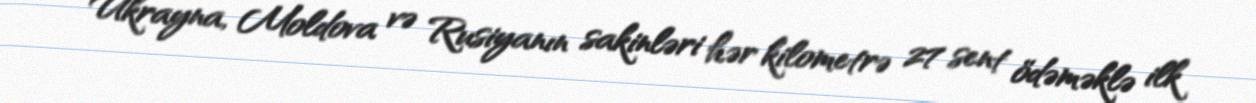
Ukrayna, Moldova və Rusiyanın sakinləri hər kilometrə 27 sent ödəməklə ilk